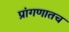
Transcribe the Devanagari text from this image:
प्रांगणातच